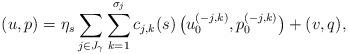
LaTeX: \begin{align*} (u,p) = \eta_s \sum_{j \in J_{\gamma}} \sum_{k=1}^{\sigma_j} c_{j,k}(s)\, \big( u_0^{(-j,k)}, p_0^{(-j,k)}\big) + (v,q),\end{align*}